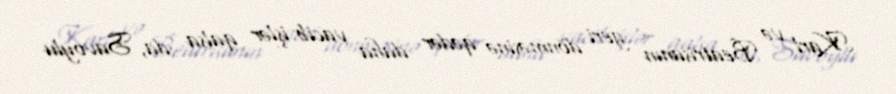
Karl və Beatrisanın geri dönməsinə qədər daha vacib işlər qalsa da, Savoylu